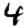
Digit: 4